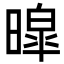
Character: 暭